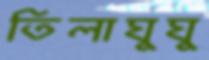
তিলাঘুঘু